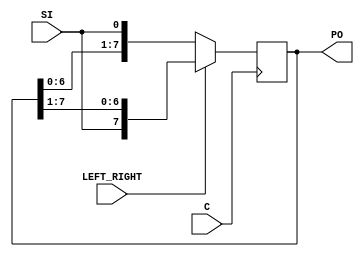
`timescale 1ns / 1ps

module shiftLeftRightReg_posedgeClk_serialIn_parallelOut(
    input C,
    input SI,
    input LEFT_RIGHT,
    output [7:0] PO
    );
	 
	 reg [7:0] temp;
	 
	 always @ (posedge C) begin
		if (LEFT_RIGHT == 1'b0)
			temp <= {temp[6:0], SI};
		else
			temp <= {SI, temp[7:1]};
	 
	 end
	 
	 assign PO = temp;

endmodule